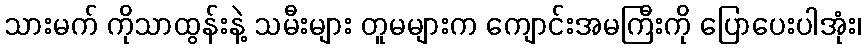
သားမက် ကိုသာထွန်းနဲ့ သမီးများ တူမများက ကျောင်းအမကြီးကို ပြောပေးပါအုံး၊